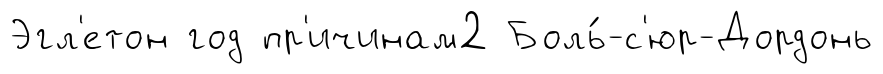
Эгл'етон год пр'ичинам2 Боль́-с'юр-Дордонь